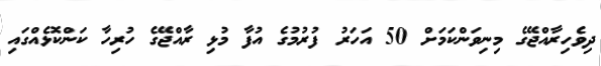
ދިވެހިރާއްޖޭގެ މިނިވަންކަމަށް 50 އަހަރު ފުރުމުގެ އުފާ މުޅި ރާއްޖޭގެ ހުރިހާ ކަންކޮޅެއްގައި